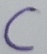
Text: C